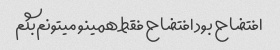
افتضاح بود افتضاح فقط همینو میتونم‌بگم